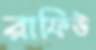
রাফিউ